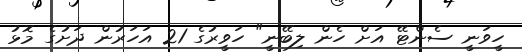
ހީވަނީ ސެންޓޭ އަށް ހެން ލިބޭނީ" ހަވީރުގެ 21 އަހަރުން ދަށުގެ މޮޅު